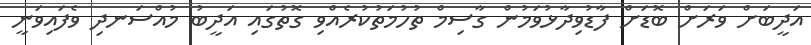
އަދީބަށް ވަރަށް ބޮޑަށް ފާޑުވިދާޅުވަމުން ގާސިމް ތުހުމަތުކުރެއްވި ގޮތުގައި އަދީބު މުއްސަނދި ވެފައިވަނީ